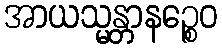
အာယသ္မန္တာနဉ္စေဝ